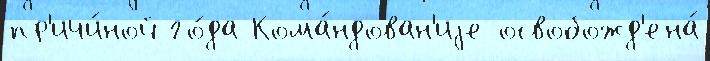
пр'ичи́ной го́да Кома́ндован'иjе освобожд'ена́